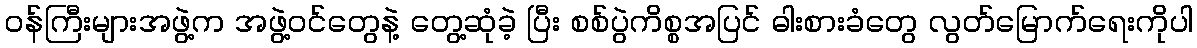
ဝန်ကြီးများအဖွဲ့က အဖွဲ့ဝင်တွေနဲ့ တွေ့ဆုံခဲ့ ပြီး စစ်ပွဲကိစ္စအပြင် ဓါးစားခံတွေ လွတ်မြောက်ရေးကိုပါ